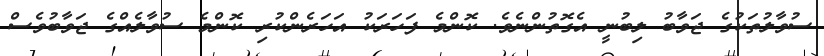
ސުވާލުތަކުގެ ޖަވާބު ލިބުނީ އެގޮތުންނެވެ. ކޮންމެ ފަހަރަކު އަހަރެންކުރި ކޮންމެ ސުވާލެއްގެ ޖަވާބުވެސް